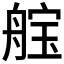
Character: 𮎓